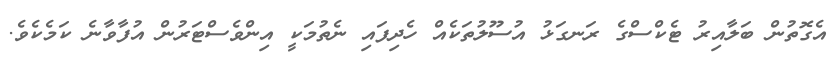
އެގޮތުން ބަލާއިރު ޓެކްސްގެ ރަނގަޅު އުސޫލުތަކެއް ހެދިފައި ނެތުމަކީ އިންވެސްޓަރުން އުފާވާނެ ކަމެކެވެ.